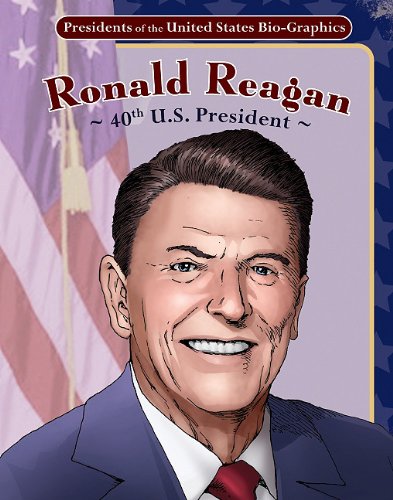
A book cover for Ronald Reagan: 40th U.S. President (Presidents of the United States Bio-Graphics (Graphic Planet)); Joeming Dunn; Children's Books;